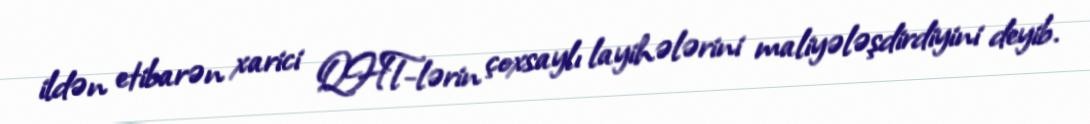
ildən etibarən xarici QHT-lərin çoxsaylı layihələrini maliyələşdirdiyini deyib.